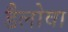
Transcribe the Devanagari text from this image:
डैलोवा